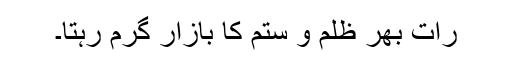
رات بھر ظلم و ستم کا بازار گرم رہتا۔